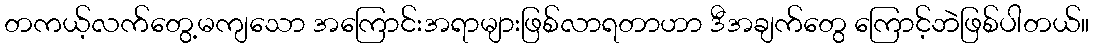
တကယ့်လက်တွေ့မကျသော အကြောင်းအရာများဖြစ်လာရတာဟာ ဒီအချက်တွေ ကြောင့်ဘဲဖြစ်ပါတယ်။